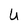
Character: U